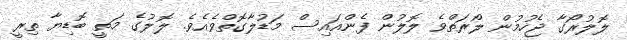
ލޮލުރޯގާ ޖެހުމުން ލޯރަތްވެ ލޮލުން ފެންއައިސް މަޑުލާގޮތްވެއެވެ. ލޮލުގެ މަތީ ބޮޑިޔާ ތިރީ